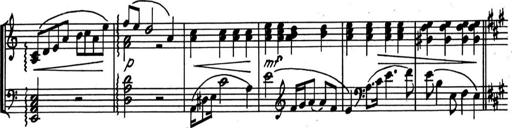
Title: Kleine Sonate
Composer: Raoul Koczalski
Key: C major